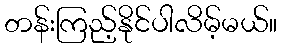
တန်းကြည့်နိုင်ပါလိမ့်မယ်။